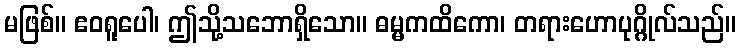
မဖြစ်။ ဧဝရူပေါ၊ ဤသို့သဘောရှိသော။ ဓမ္မကထိကော၊ တရားဟောပုဂ္ဂိုလ်သည်။